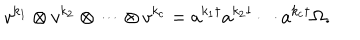
v ^ { k _ { 1 } } \otimes v ^ { k _ { 2 } } \otimes \cdots \otimes v ^ { k _ { c } } = a ^ { k _ { 1 } \dagger } a ^ { k _ { 2 } \dagger } \cdots a ^ { k _ { c } \dagger } \Omega .